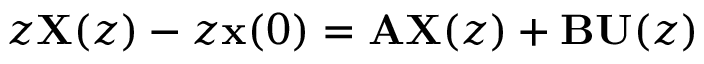
z \mathbf { X } ( z ) - z \mathbf { x } ( 0 ) = \mathbf { A } \mathbf { X } ( z ) + \mathbf { B } \mathbf { U } ( z )